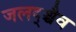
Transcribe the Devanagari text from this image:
जलद्श्चैव